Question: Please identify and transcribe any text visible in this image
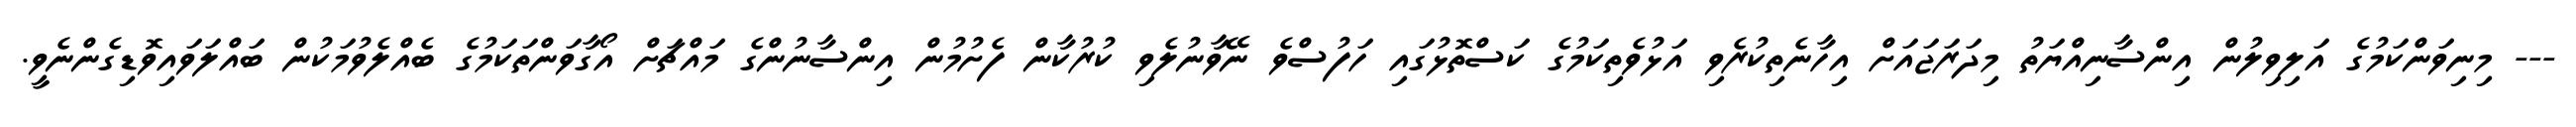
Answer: --- މިނިވަންކަމުގެ އަލިވިލުން އިންސާނިއްޔަތު މިދަރަޖައަށް އިހާނެތިކުރެވި އަޅުވެތިކަމުގެ ކަސްތޮޅުގައި ހަފުސްވެ ނޭވާނުލެވި ކުރުކާން ފެށުމުން އިންސާނުންގެ މައްޗަށް އޯގާވަންތަކަމުގެ ބެއްލެވުމަކުން ބައްލަވައިވޮޑިގެންނެވީ.